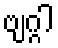
ဗျဂ္ဂါ